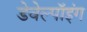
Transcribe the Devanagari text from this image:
डेवेल्पॉइंग